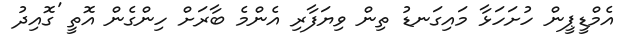
އެމްޑީޕީން ހުށަހަޅާ މައިގަނޑު ތިން ވިޔަފާރި އެންމެ ބާރަށް ހިންގެން އޮތީ 'ގޮއިދު